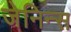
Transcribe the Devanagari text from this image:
जेनिन्स